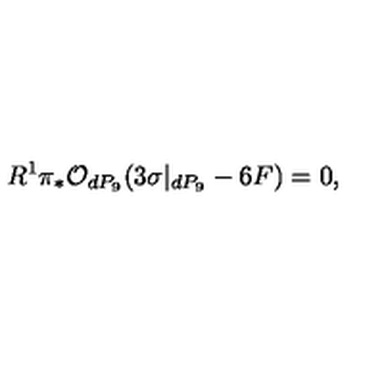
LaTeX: R ^ { 1 } \pi _ { * } { \cal O } _ { d P _ { 9 } } ( 3 \sigma | _ { d P _ { 9 } } - 6 F ) = 0 ,